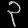
Digit: ၃